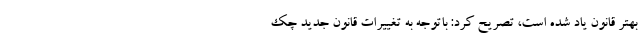
بهتر قانون ياد شده است، تصريح كرد: باتوجه به تغييرات قانون جديد چك